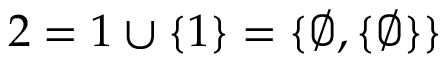
2 = 1 \cup \{ 1 \} = \{ \varnothing , \{ \varnothing \} \}